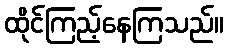
ထိုင်ကြည့်နေကြသည်။